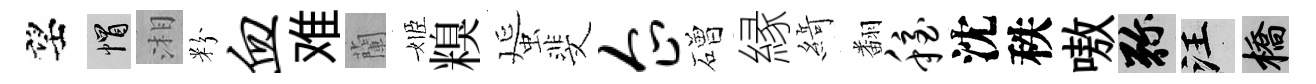
望帽湘粉血难蘭姬糗蜑斐企磳縁𦂶翻稳沈秩嗷弥汪橋